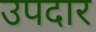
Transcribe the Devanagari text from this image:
उपदार